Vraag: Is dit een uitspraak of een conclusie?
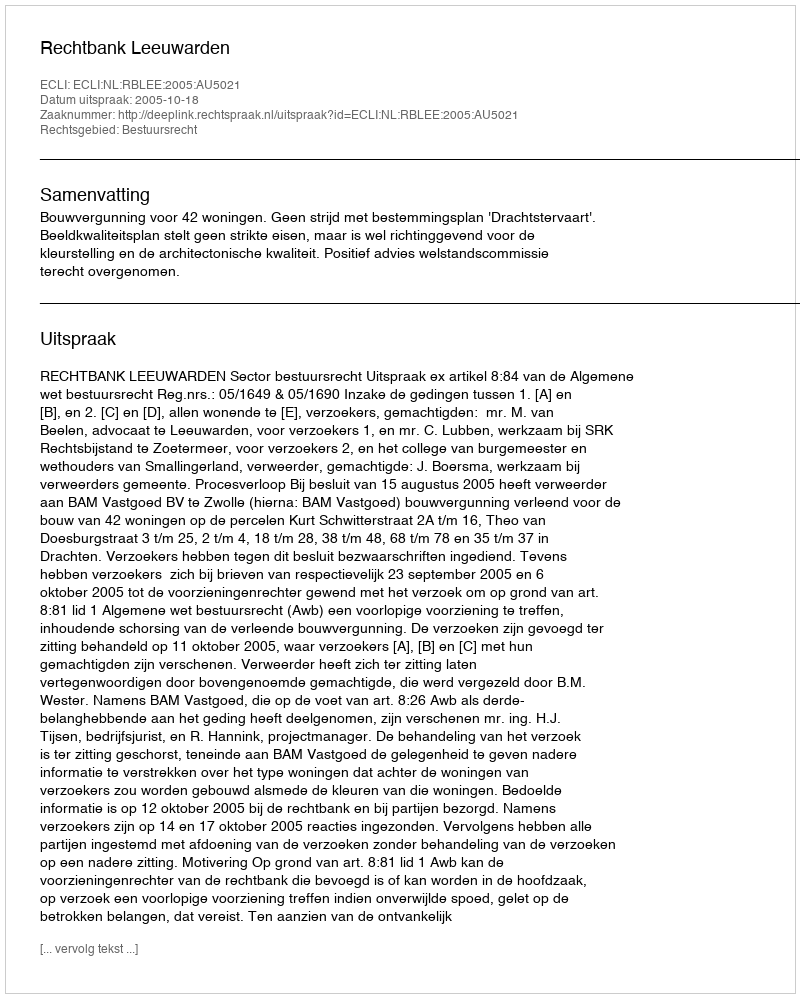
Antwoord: Uitspraak